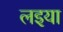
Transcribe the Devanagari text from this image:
लइया